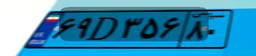
۴۰D۳۷۵۶۸